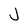
Character: J